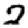
Digit: 2